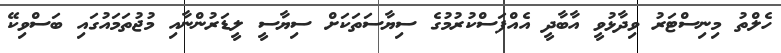
ހެލްތު މިނިސްޓަރު ވިދާޅުވީ އާބާދީ އެއްފަސްކުރުމުގެ ސިޔާސަތަކަށް ސިޔާސީ ލީޑަރުންނާއި މުޖުތަމައުގައި ބަސްވިކޭ